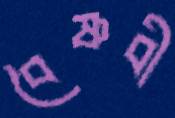
বৈষ্ণবী